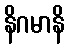
နိဂမာနိ